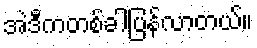
အဲဒီကတစ်ခါပြန်လာတယ်။